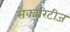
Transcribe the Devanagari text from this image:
सेक्यूरिटीज